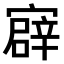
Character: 𫴎